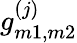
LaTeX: g_{m1,m2}^{(j)}